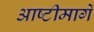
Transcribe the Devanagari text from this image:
आष्टीमार्गे